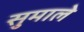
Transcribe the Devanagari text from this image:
सुमाले